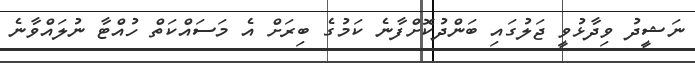
ނަޝީދު ވިދާޅުވީ ޖަލުގައި ބަންދުކޮށްފާނެ ކަމުގެ ބިރަށް އެ މަސައްކަތް ހުއްޓާ ނުލައްވާނެ